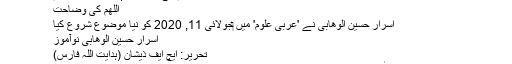
اللهم کی وضاحت | اردو مجلس فورم
اللهم کی وضاحت
اسرار حسین الوھابی نے 'عربی علوم' میں ‏جولائی 11, 2020 کو نیا موضوع شروع کیا
اسرار حسین الوھابی نوآموز
تحریر: ایچ ایف ذیشان (ہدایت اللہ فارس)
اللهم کے معنی يا الله ہیں اس میں کوئی اختلاف نہیں، اسی لیے اس کا استعمال طلب کے مواقع پر ہوتا ہے۔